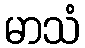
မာသံ